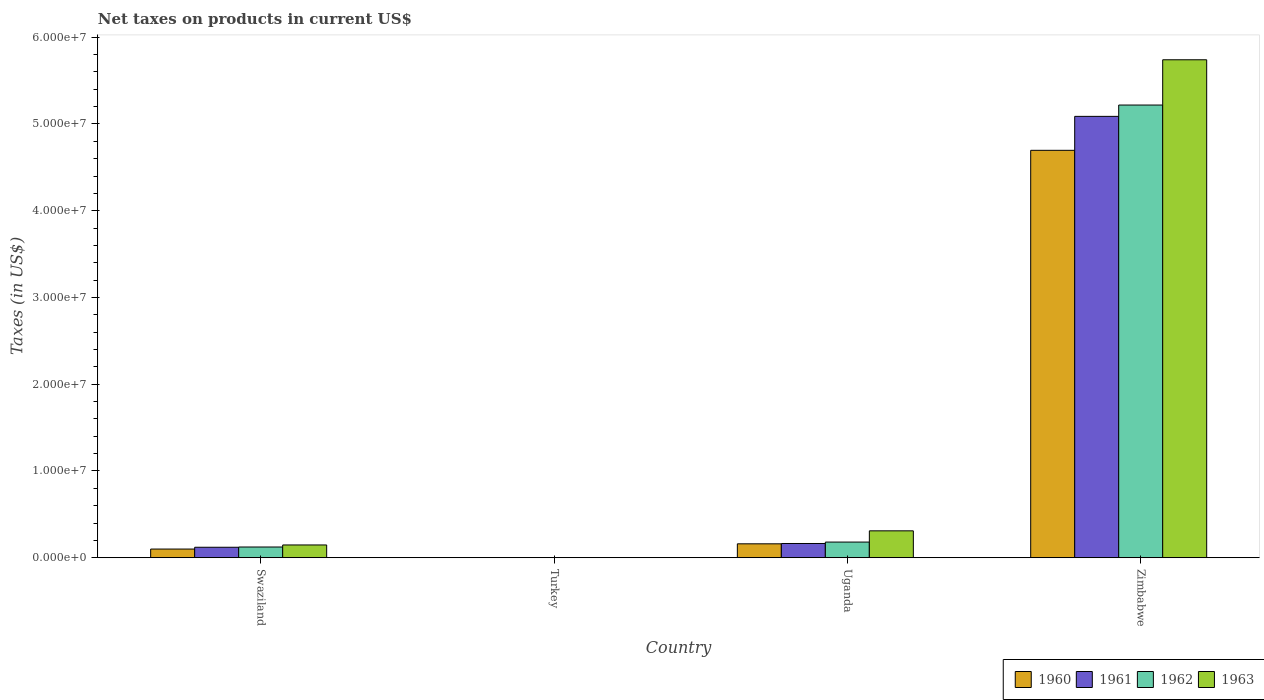
| Country | 1960 | 1961 | 1962 | 1963 |
 | --- | --- | --- | --- | --- |
 | Swaziland | 1e+06 | 1.21e+06 | 1.24e+06 | 1.47e+06 |
 | Turkey | 1.3e+03 | 1.5e+03 | 1.6e+03 | 1.8e+03 |
 | Uganda | 1.61e+06 | 1.64e+06 | 1.81e+06 | 3.1e+06 |
 | Zimbabwe | 4.7e+07 | 5.09e+07 | 5.22e+07 | 5.74e+07 |